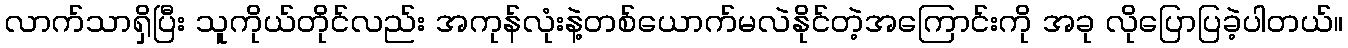
လာက်သာရှိပြီး သူကိုယ်တိုင်လည်း အကုန်လုံးနဲ့တစ်ယောက်မလဲနိုင်တဲ့အကြောင်းကို အခု လိုပြောပြခဲ့ပါတယ်။